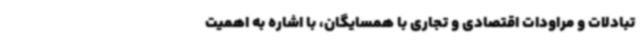
تبادلات و مراودات اقتصادی و تجاری با همسایگان، با اشاره به اهمیت